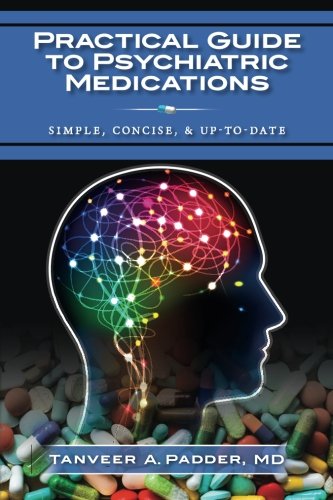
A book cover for Practical  Guide to Psychiatric Medications: Simple, Concise, & Up-to-date.; MD, Tanveer A. Padder; Medical Books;